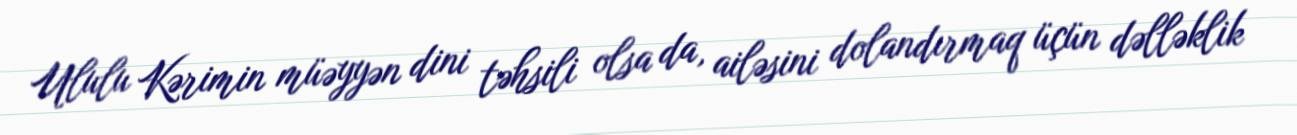
Ululu Kərimin müəyyən dini təhsili olsa da, ailəsini dolandırmaq üçün dəlləklik